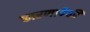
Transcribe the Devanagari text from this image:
कारणापैकी